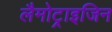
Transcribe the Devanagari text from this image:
लैमोट्राइजिन